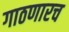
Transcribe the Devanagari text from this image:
गाठणारच